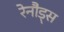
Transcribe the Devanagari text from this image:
रेनौड्स